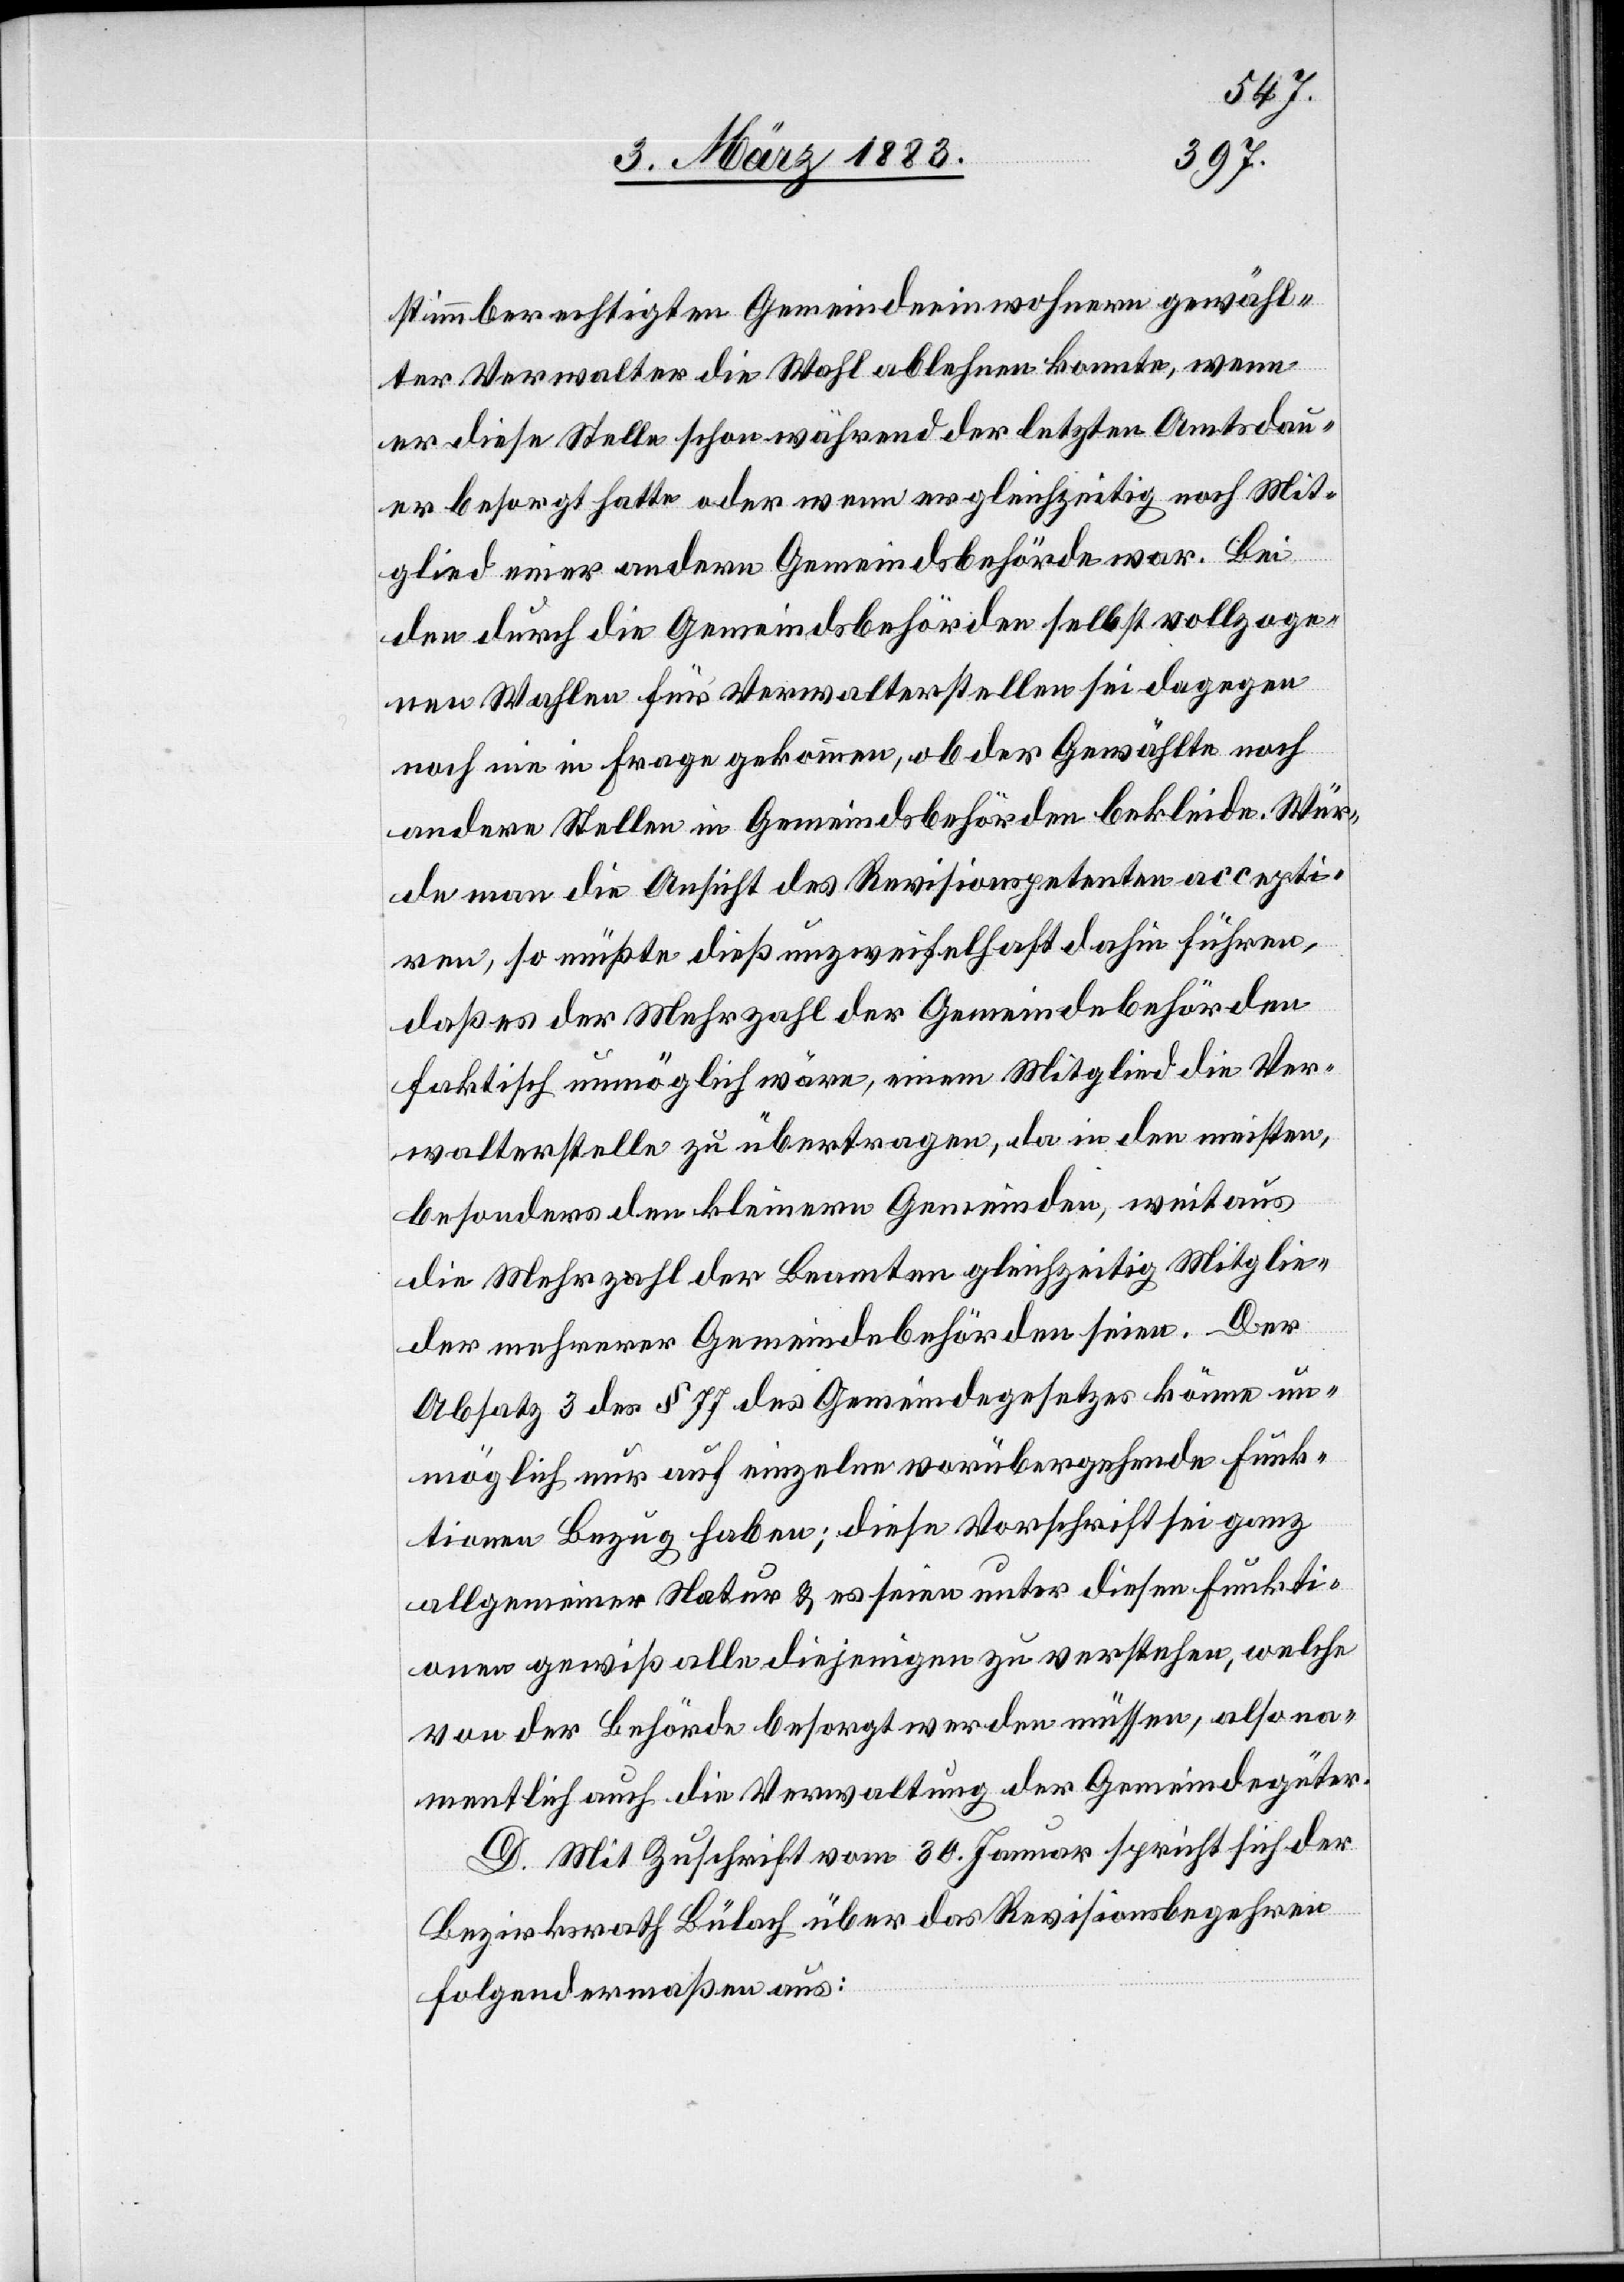
stimmberechtigten Gemeindeeinwohnern gewähl¬
ter Verwalter die Wahl ablehnen konnte, wenn
er diese Stelle schon während der letzten Amtsdau¬
er besorgt hatte oder wenn er gleichzeitig noch Mit¬
glied einer andern Gemeindsbehörde war. Bei
den durch die Gemeindsbehörden selbst vollzoge¬
nen Wahlen für Verwalterstellen sei dagegen
noch nie in Frage gekommen, ob der Gewählte noch
andere Stellen in Gemeindsbehörden bekleide. Wür¬
de man die Ansicht des Revisionspetenten accepti¬
ren, so müßte dieß unzweifelhaft dahin führen,
daß es der Mehrzahl der Gemeindsbehörden
faktisch unmöglich wäre, einem Mitglied die Ver¬
walterstelle zu übertragen, da in den meisten,
besonders den kleinern Gemeinden, weitaus
die Mehrzahl der Beamten gleichzeitig Mitglie¬
der mehrerer Gemeindebehörden seien. Der
Absatz 3 des § 77 des Gemeindegesetzes könne un¬
möglich nur auf einzelne vorübergehende Funk¬
tionen Bezug haben; diese Vorschrift sei ganz
allgemeiner Natur & es seien unter diesen Funkti¬
onen gewiß alle diejenigen zu verstehen, welche
von der Behörde besorgt werden müssen, also na¬
mentlich auch die Verwaltung der Gemeindegüter.
D. Mit Zuschrift vom 30. Januar spricht sich der
Bezirksrath Bülach über das Revisionsbegehren
folgendermaßen aus: